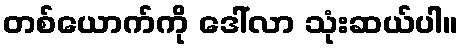
တစ်ယောက်ကို ဒေါ်လာ သုံးဆယ်ပါ။